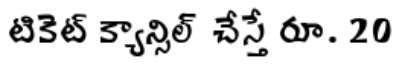
టికెట్ క్యాన్సిల్ చేస్తే రూ. 20